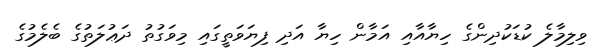
ވިލިމާލެ ކުޑަކުދިންގެ ހިޔާއާއި އަމާން ހިޔާ އަދި ފިޔަވަތީގައި މިވަގުތު ދަޢުލަތުގެ ބެލެމުގެ